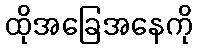
ထိုအခြေအနေကို